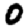
Digit: 0